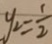
y _ { 2 } = \frac { 1 } { 2 }